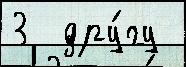
3  дру́гу